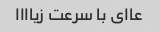
عاای با سرعت زیاااا